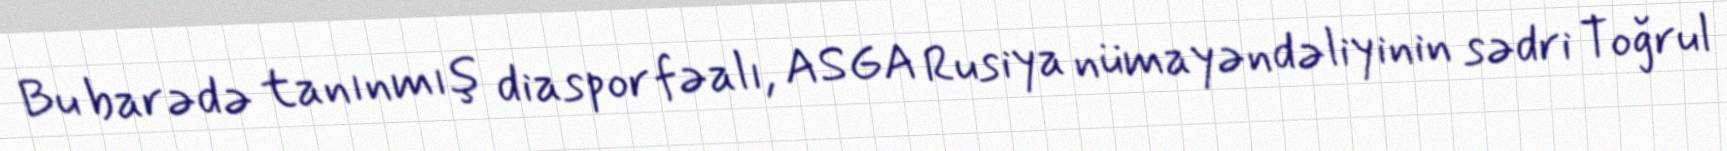
Bu barədə tanınmış diaspor fəalı, ASGA Rusiya nümayəndəliyinin sədri Toğrul